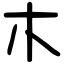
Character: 木